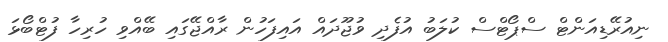
ނިއުރޭޑިއަންޓް ސްޕޯޓްސް ކުލަބު އުފެދި ވުޖޫދައް އައިފަހުން ރާއްޖޭގައި ބޭއްވި ހުރިހާ ފުޓްބޯޅަ